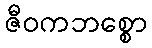
ဇီဝကဘစ္စော